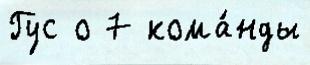
Гус о 7 кома́нды